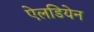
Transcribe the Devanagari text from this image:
ऐलडियेन